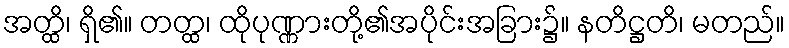
အတ္ထိ၊ ရှိ၏။ တတ္ထ၊ ထိုပုဏ္ဏားတို့၏အပိုင်းအခြား၌။ နတိဋ္ဌတိ၊ မတည်။